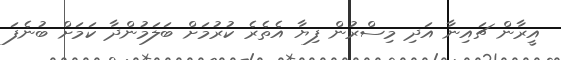
އީރާން ޗައިނާ އަދި މިސްރުން ފިޔާ އެތެރެ ކުރުމަށް ބަލަމުންދާ ކަމަށް ބުނެފަ